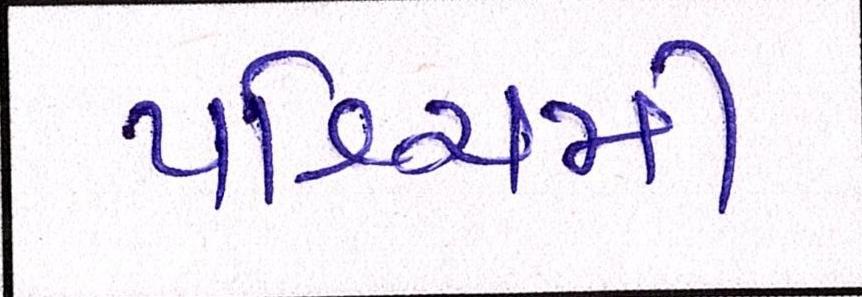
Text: પશ્ચિમી